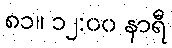
၈၁။ ၁၂:၀၀ နာရီ